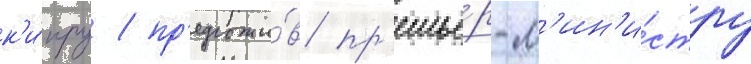
к'и́пру / пр'едложи́в пр'емье́р-м'ин'и́стру